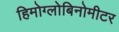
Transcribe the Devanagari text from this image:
हिमोग्लोबिनोमीटर